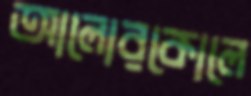
আলোরকোলে